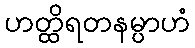
ဟတ္ထိရတနမ္ပာဟံ